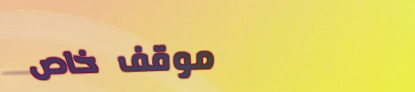
موقف خاص